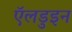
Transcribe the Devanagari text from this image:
ऍलडुइन